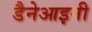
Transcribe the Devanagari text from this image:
डैनेआइनी